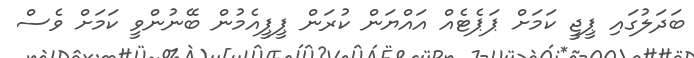
ބަދަލުގައި ޕީޖީ ކަމަށް ޕަޕެޓެއް އައްޔަން ކުރަން ޕީޕީއެމުން ބޭނުންވީ ކަމަށް ވެސް